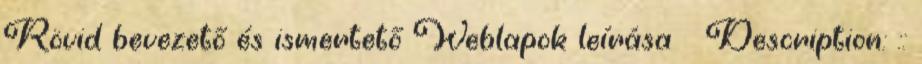
Rövid bevezető és ismertető Weblapok leírása Description: ::